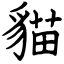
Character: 貓